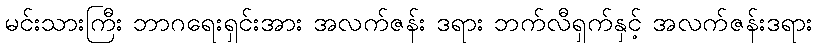
မင်းသားကြီး ဘာဂရေးရှင်းအား အလက်ဇန်း ဒရား ဘက်လီရှက်နှင့် အလက်ဇန်းဒရား